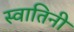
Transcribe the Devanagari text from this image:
स्वातिनी